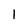
Character: 1